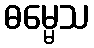
ဓမ္မေသ